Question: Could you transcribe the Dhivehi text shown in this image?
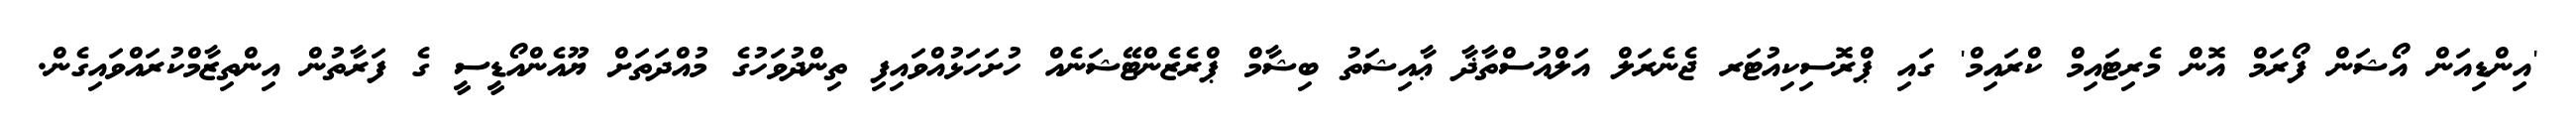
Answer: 'އިންޑިއަން އޯޝަން ފޯރަމް އޮން މެރިޓައިމް ކްރައިމް' ގައި ޕްރޮސިކިއުޓަރ ޖެނެރަލް އަލްއުސްތާޛާ ޢާއިޝަތު ބިޝާމް ޕްރެޒެންޓޭޝަނެއް ހުށަހަޅުއްވައިފި ތިންދުވަހުގެ މުއްދަތަށް ޔޫއެންއޯޑީސީ ގެ ފަރާތުން އިންތިޒާމްކުރައްވައިގެން.